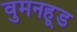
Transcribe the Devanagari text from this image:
वुमनहूड